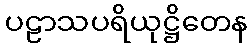
ပဠာသပရိယုဋ္ဌိတေန